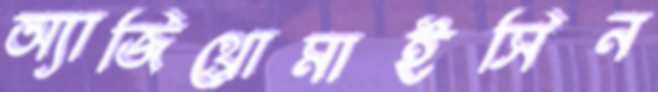
অ্যাজিথ্রোমাইসিন